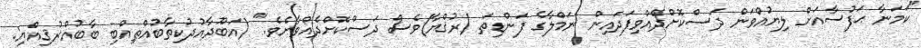
"ކަމަނާ ޙަފުސާއަށް ލިޔުއްވަން ދަސްކޮށްދެއްވިފަދައިން ނަމްލާގެ ފަންޑިތަ (ރުޤްޔާ)ވެސް ދަސްކޮށްދެއްވާށެވެ." (އަބޫދާއުދުކިތާބުއްޠިއްބި ބާބުއްރުޤިއްޔި: